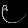
Digit: ၉